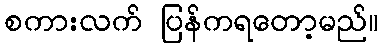
စကားလက် ပြန်ကရတော့မည်။